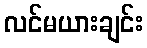
လင်မယားချင်း